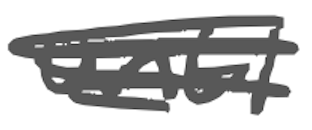
Text: until
Cross-out: scratch
Writing tool: digital_gray